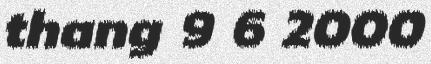
thang 9 6 2000